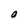
Character: O